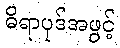
ဓိရာပုဒ်အဖွင့်